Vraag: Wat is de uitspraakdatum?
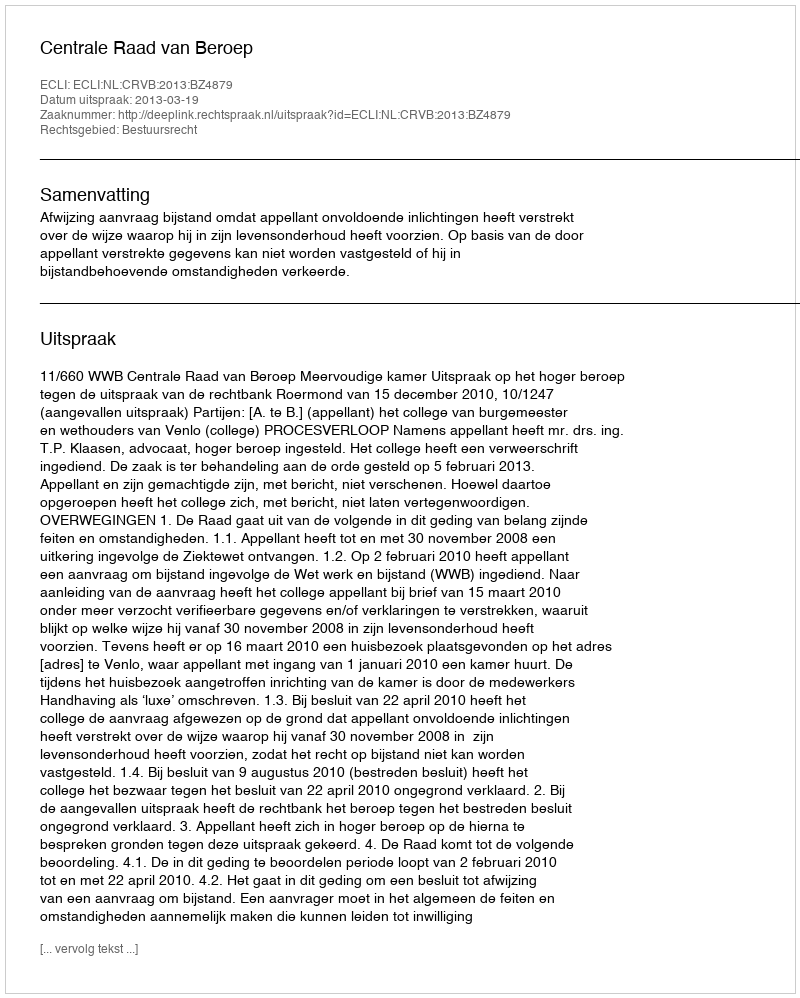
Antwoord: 2013-03-19